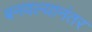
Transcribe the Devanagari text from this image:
बनवल्यानंतर